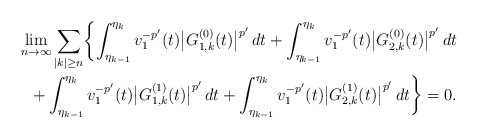
\begin{align*}\lim_{n\to\infty}\sum_{|k|\ge n}\biggl\{\int_{\eta_{k-1}}^{\eta_k}v_1^{-p'}(t)\bigl|G_{1,k}^{(0)}(t)\bigr|^{p'}\,dt+\int_{\eta_{k-1}}^{\eta_k}v_1^{-p'}(t)\bigl|G_{2,k}^{(0)}(t)\bigr|^{p'}\,dt\\+\int_{\eta_{k-1}}^{\eta_k}v_1^{-p'}(t)\bigl|G_{1,k}^{(1)}(t)\bigr|^{p'}\,dt+\int_{\eta_{k-1}}^{\eta_k}v_1^{-p'}(t)\bigl|G_{2,k}^{(1)}(t)\bigr|^{p'}\,dt\biggr\}=0.\end{align*}